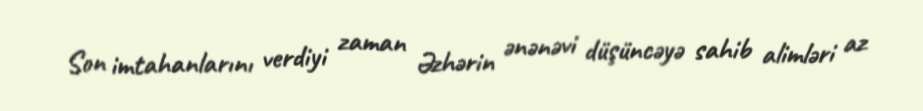
Son imtahanlarını verdiyi zaman Əzhərin ənənəvi düşüncəyə sahib alimləri az